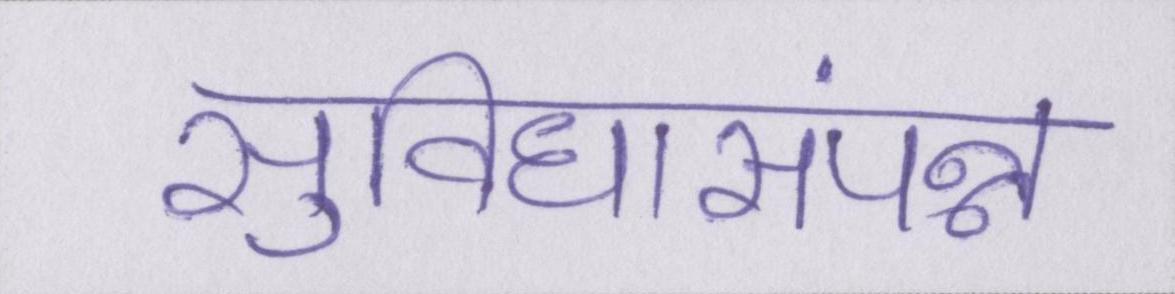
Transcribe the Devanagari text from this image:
सुविधासंपन्न